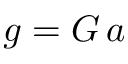
g = G \, a